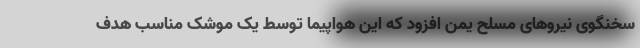
سخنگوی نیروهای مسلح یمن افزود که این هواپیما توسط یک موشک مناسب هدف